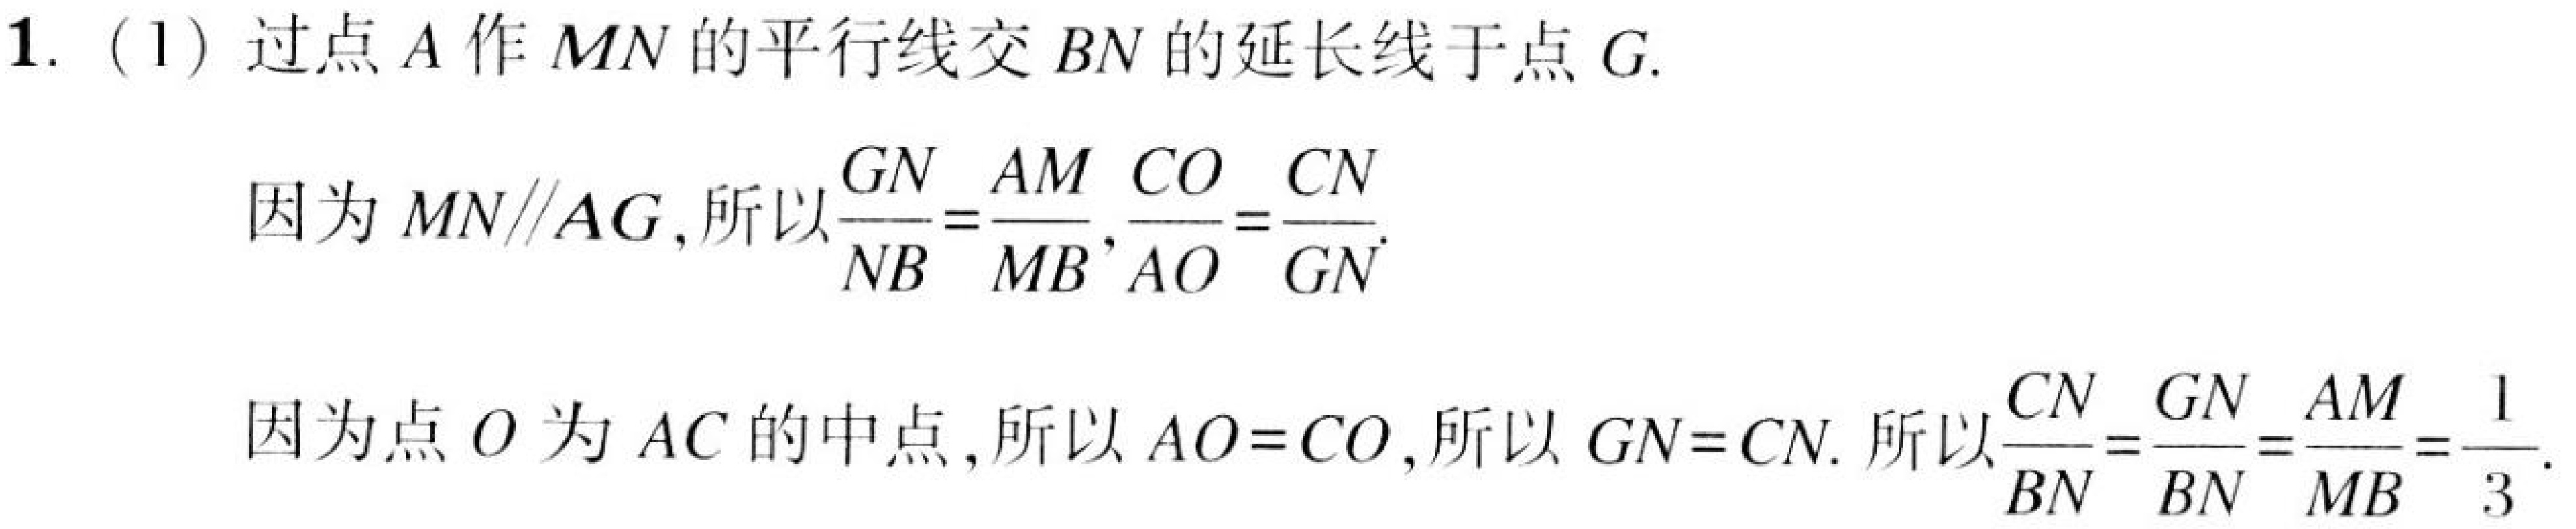
1. (1) 过点\(A\)作\(MN\)的平行线交\(BN\)的延长线于点\(G\).

因为\(MN\parallel AG\), 所以\(\frac{GN}{NB}=\frac{AM}{MB},\frac{CO}{AO}=\frac{CN}{GN}\).

因为点\(O\)为\(AC\)的中点, 所以\(AO = CO\), 所以\(GN = CN\). 所以\(\frac{CN}{BN}=\frac{GN}{BN}=\frac{AM}{MB}=\frac{1}{3}\).